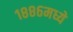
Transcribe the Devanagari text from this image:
१८८६मध्ये